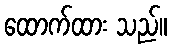
ထောက်ထား သည်။